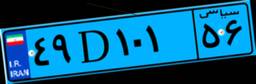
۴۹D۱۰۱۵۶